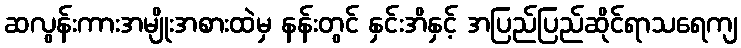
ဆလွန်းကားအမျိုးအစားထဲမှ နန်းတွင် နှင်းအိနှင့် အပြည်ပြည်ဆိုင်ရာသရေကျ